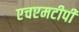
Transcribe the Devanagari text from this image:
एचएमटीपी